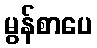
မွန်စာပေ